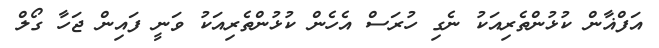
އަފްޣާން ކުޅުންތެރިއަކު ނެގި ހުރަސް އެހެން ކުޅުންތެރިއަކު ވަނީ ފައިން ޖަހާ ގޯލް